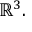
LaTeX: \mathbb { R } ^ { 3 } .